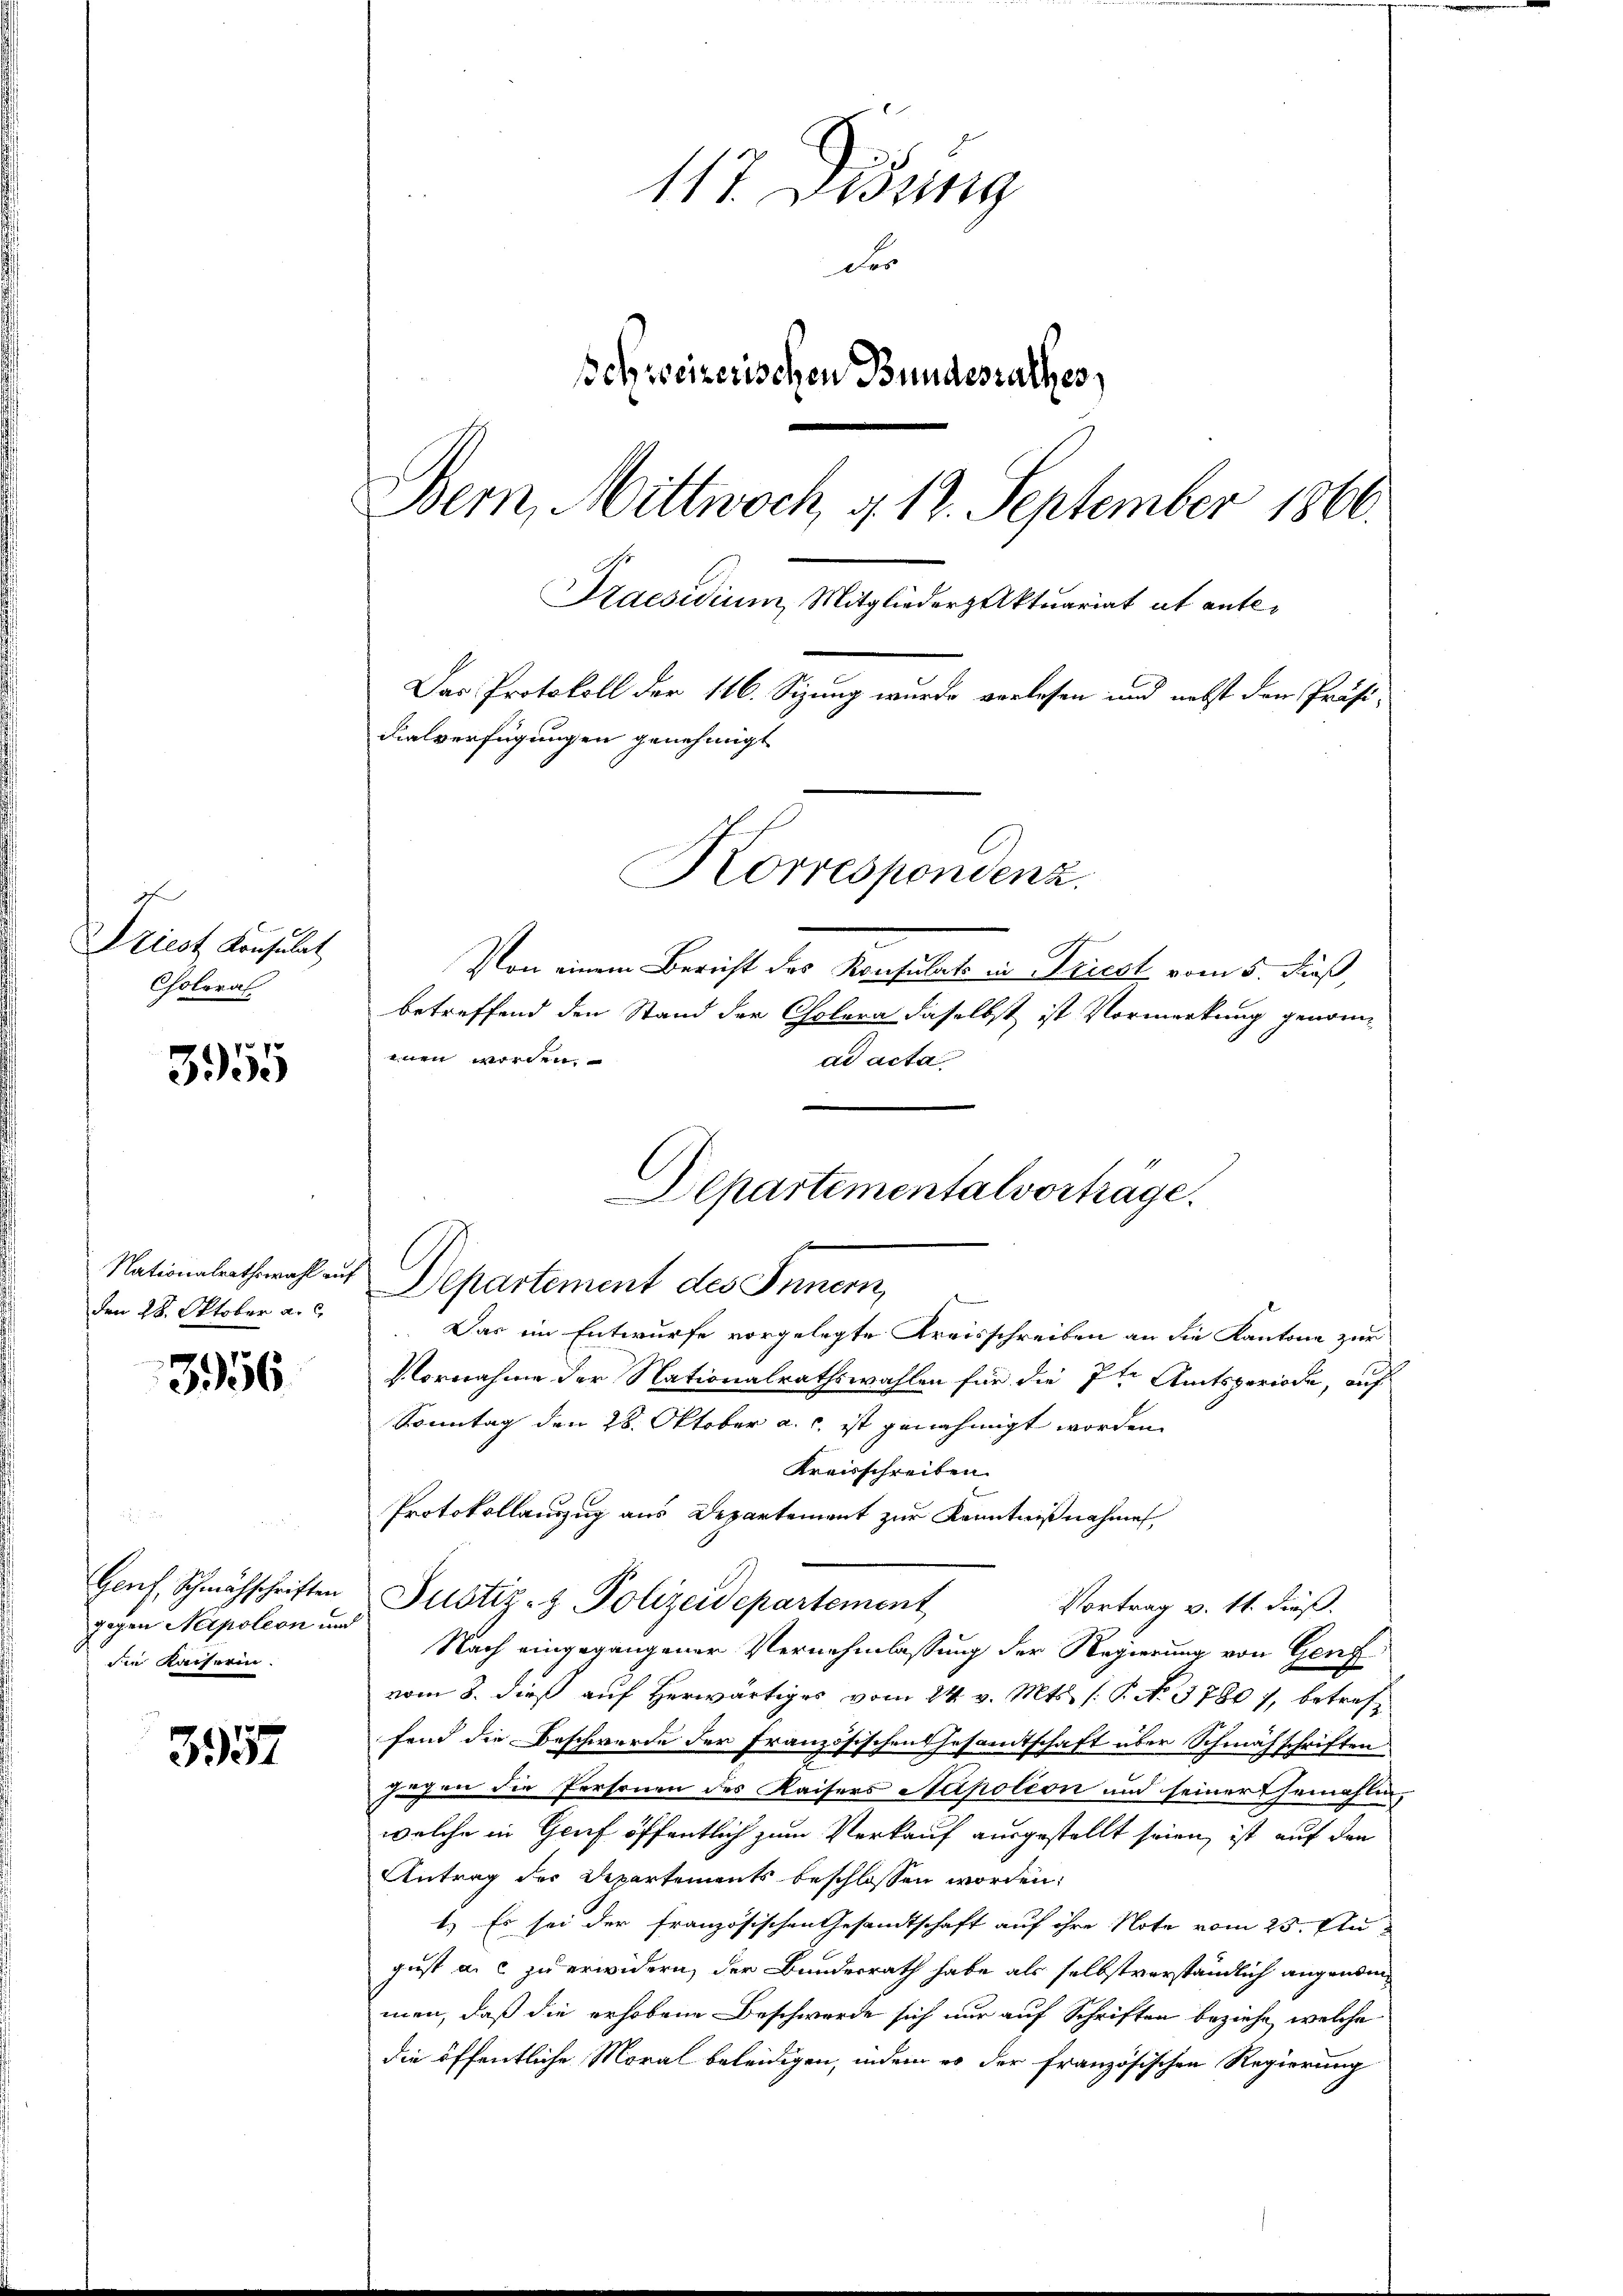
7
Driest Konsulat
Colorat

3955

3956

Genf, Schmähschriften
gegen Napoleon und
die Kaiserin.

3957

den 28. Oktober a. c.

117. Didung
D
Schweizerischen Bundesrathes,
Bern, Mittwoch, u. 12. September 1866.
Praesidium, Mitgliederzaktuariat it ent¬
Das Protokoll der 116. Sizung wurde verlesen und nebst den Präsi-
dialverfügungen genehmigt
Korrespondenz.

Von einem Bericht des Konsulats in Triest vom 5. Fuß
betreffend den Stand der Cholera daselbst ist Vormerkung genomenen worden.
ad acta
Nationalrathswahl auf Departement des Innern,
Das im Entwurfe vorgelegte Kreisschreiben an die Kantone zur
Vornahme der Nationalrathswahlen für die 7te Amtsperiode, auf
Sonntag den 28. Oktober a. c. ist genehmigt worden.
Kreisschreiben.
Protokollauszug aus Departement zur Kenntnißnahme
Justiz- & Polizeidepartement
Vortrag v. 11. dieß.
Nach eingegangener Vernehmlassung der Regierung von Genf
vom 8. dieß auf Herwärtiges vom 24. v. Mts. (: P. No. 3780), betreffond die Beschwerde der Französischen Gesamtschaft über Schmähschriften
jahen die Personen des Kaisers Napoleon und seiner Gemahlen,
welche in Gruf öffentlich zum Verkauf ausgestellt seien, ist auf den
Antrag des Departements beschlossen worden,
1.) Es sei der französischen Gesandtschaft auf ihre Note vom 25. August a. c. zu erwidern, der Bundesrath habe als selbstverständlich angenom
men, daß die erhobene Beschwerde sich nur auf Schriften beziehe, welche
die öffentliche Moral beleidigen, indem es der französischen Regierung

Departementalvortrage.